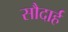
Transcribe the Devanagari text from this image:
सौदार्ह